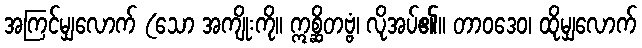
အကြင်မျှလောက် (သော အကျိုးကို။ ဣစ္ဆိတဗ္ဗံ၊ လိုအပ်၏။ တာဝဒေဝ၊ ထိုမျှလောက်